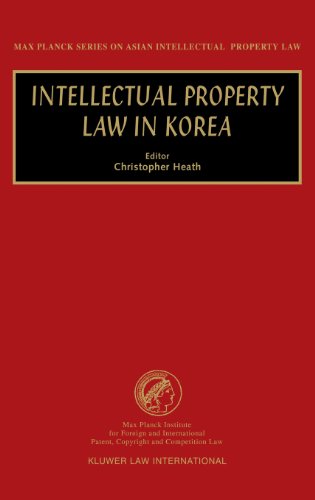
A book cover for Intellectual Property Law in Korea (Max Planck Series on Asian Intellectual Property Set); Law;